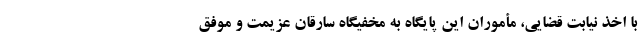
با اخذ نیابت قضایی، مأموران این پایگاه به مخفیگاه سارقان عزیمت و موفق